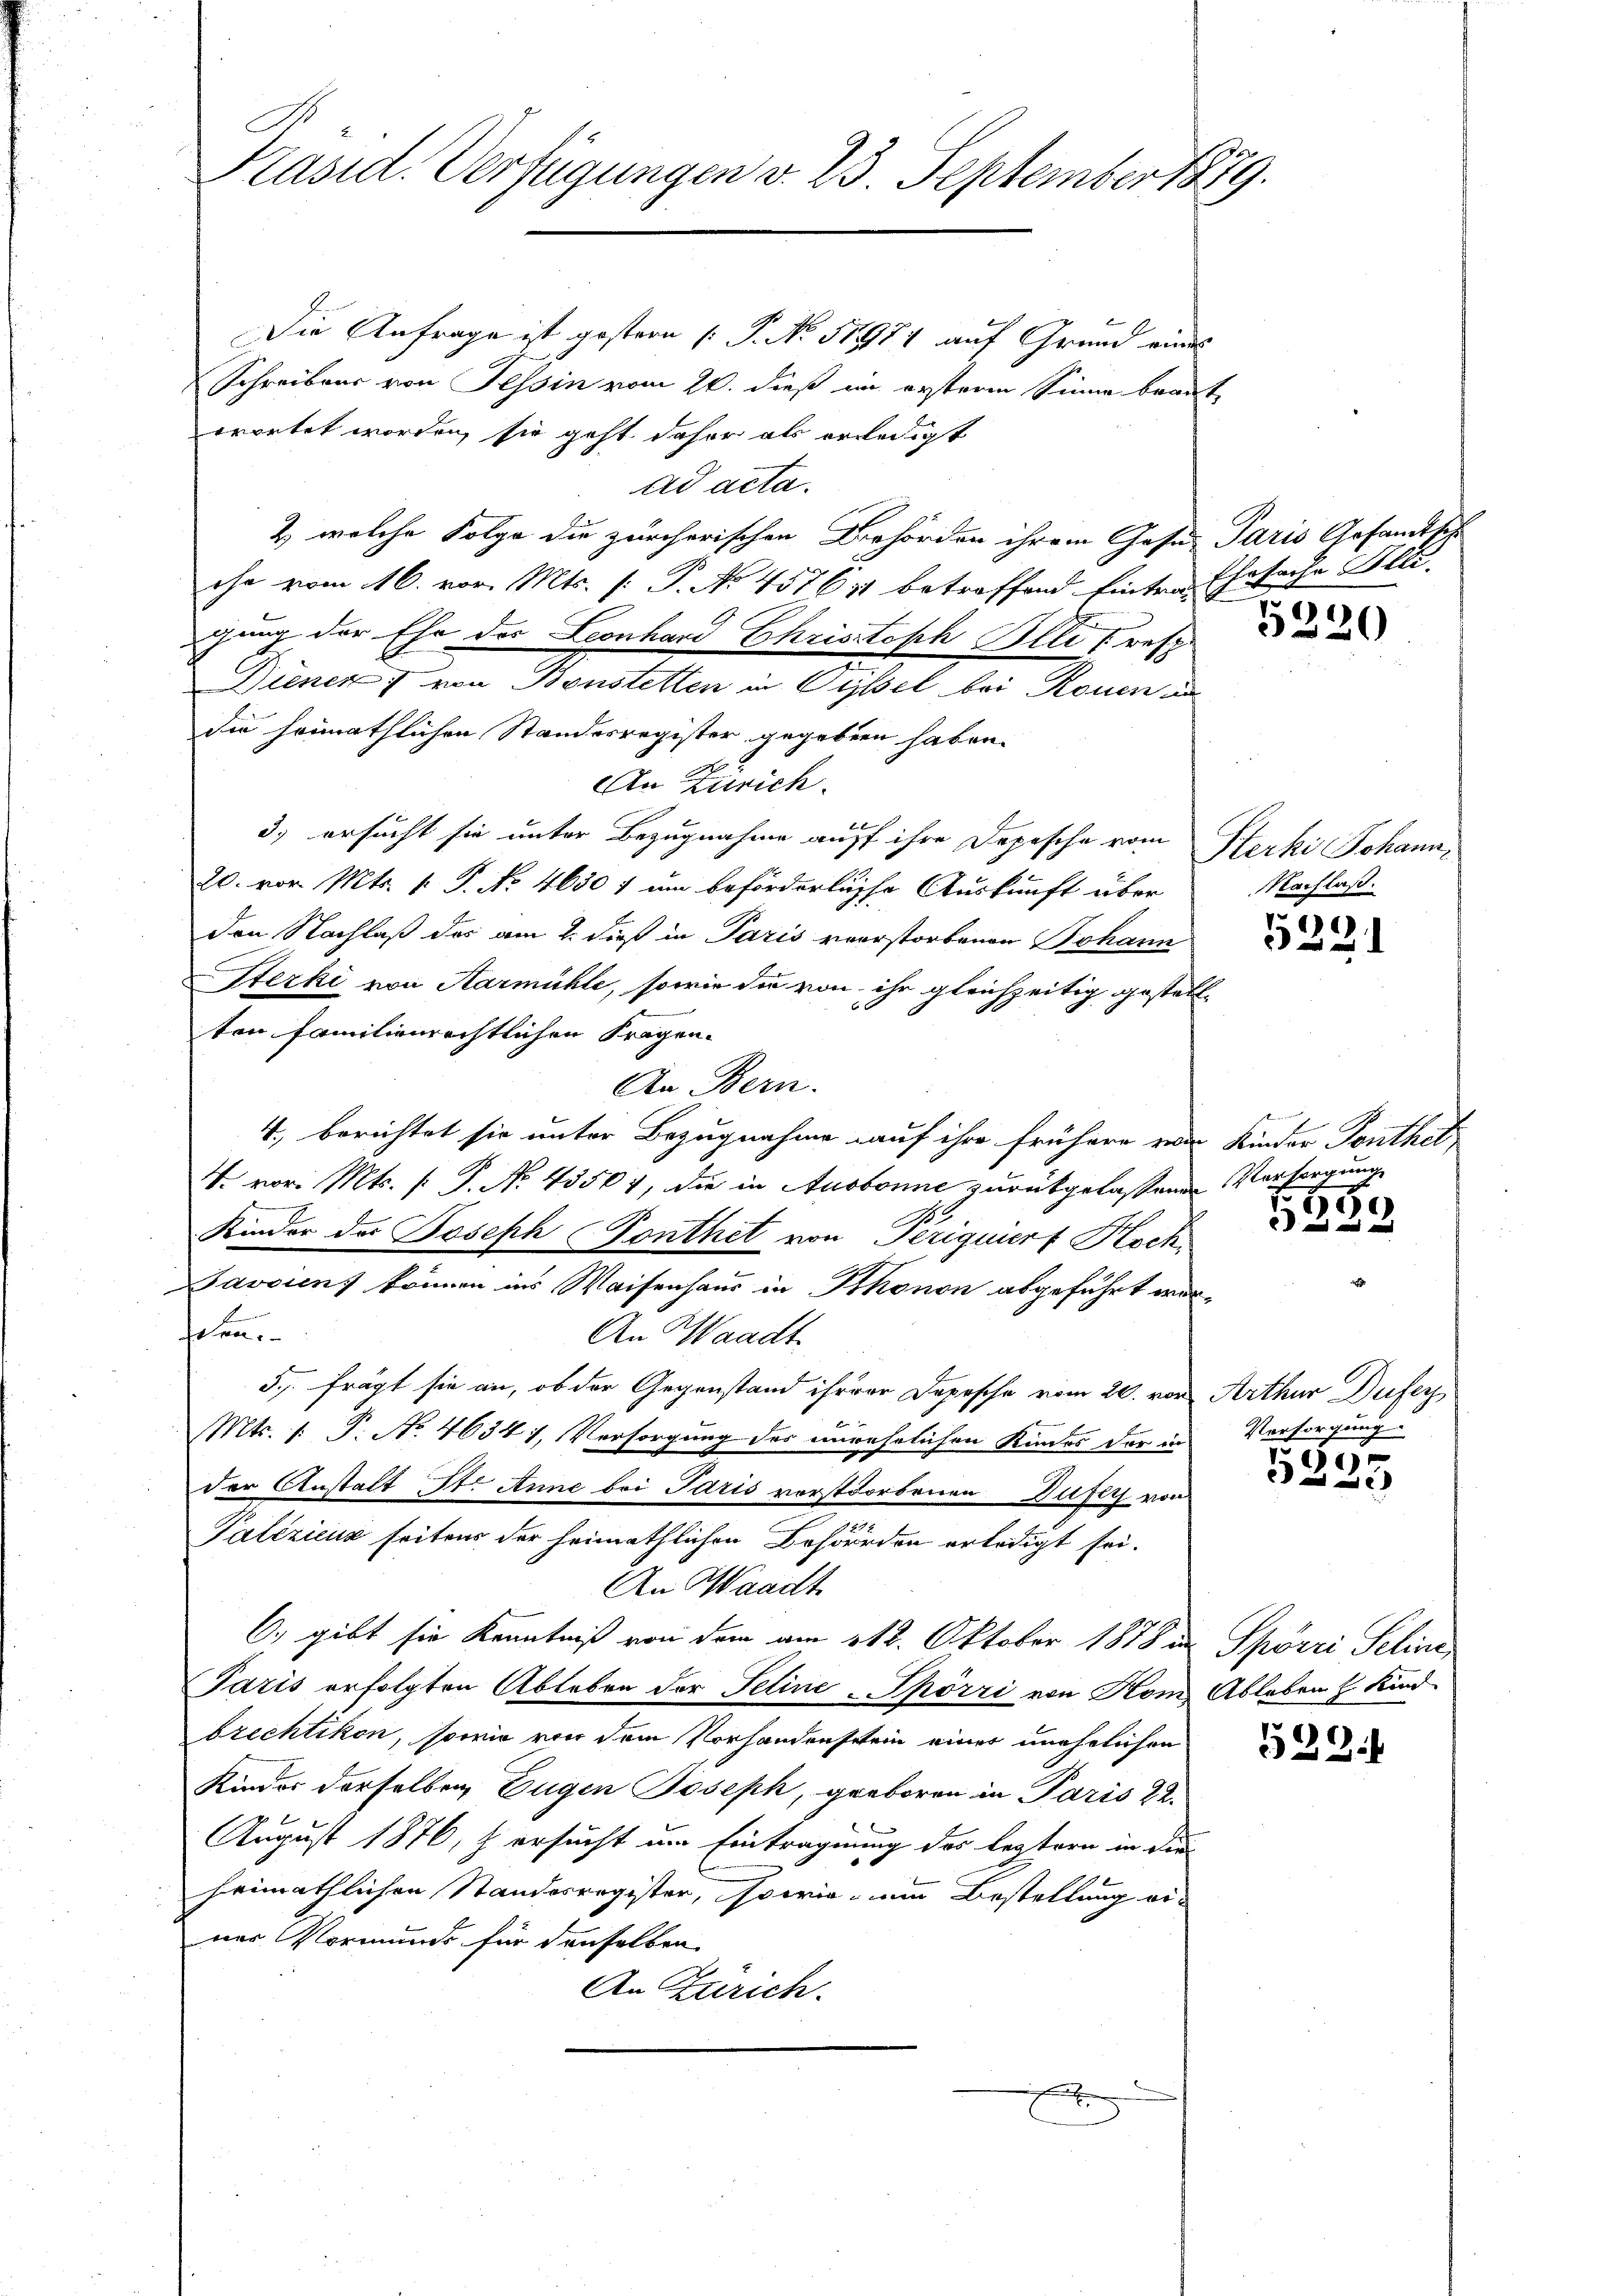
Präsid. Verfügungen v. 23. September 1879.

Die Anfrage ist gestern (: P. Nr. 51984 auf Grund eines
Schreibens von Tessin vom 26. dieß im ersteren Sinne beant
wortet worden, sie geht daher als erledigt
ad acta.
2) welche Folge die zürcherischen Behörden ihrem Gase Paris Gesandtsch
che vom 16. vor. Mts. (: P. No 45761 betreffend Eintrag
gung der Ehe des Leonhard Christoph Illi resp.
Dienen 7 von Bonstetten in Wissel bei Rouen un
die heimathlichen Standesregister gegeben haben.
An Zürich.
3.) ersucht sie unter Bezugnahme auff ihre Depesche vom Herki Johann
20. vor Mts. 1. P. No. 46307 um beförderliche Auskunft über
den Nachlaß das am 2. dieß in Paris verstorbenen Johann
Sterki von Aarmühle, sowie die von ihr gleichzeitig gestellten familienrechtlichen Fragen.
An Bern.
4., berichtet sie unter Bezugnahme auf ihre frühere von Kinder Tonthet
V. vor. Mts. f. P. No. 43504, die in Ausbonne zurückgelassenen Versorgung
Kinder der Joseph (Ponthet von Periguiert Koch,
Davaien können ins Waisenhaus in Phonon abgeführt woren
An Waadt
5., frägt sie an, ob der Gegenstand ihrer Depesche vom 20. von Arthur Dufer
Mts. 1. P. No. 46341, Versorgung des unwehrlichen Kindes der in Versorgung
der Anstalt St. Anne bei Paris vorstorbenen Dusty von
Palizienz seitens der heimathlichen Behörden erledigt sei.
An Waadt
6., gibt sie Kenntniß von dem am 112. Oktober 1888 in Spörri Seline,
Paris erfolgten Ableben der Seline-Spörri von Hom Ableben h. Kind
brechtikon, sowie von dem Vorhandenserin einer unehelichen de
Kinder derselben Eugen Joseph, geboren in Paris 22.
August 1876, s. ersucht um Eintragung des leztern in die
heimathlichen Standesregister, sowie um Bestellung einer Vormunds für denselben
An Zürich.
x

Ehesache Blu

5230

NNachlaß.

9

550

und

55